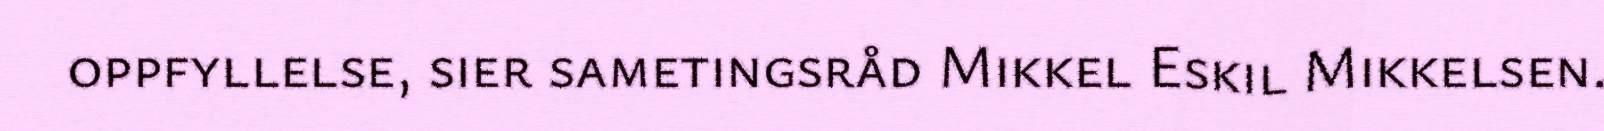
oppfyllelse, sier sametingsråd Mikkel Eskil Mikkelsen.